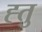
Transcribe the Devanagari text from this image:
ह्तु